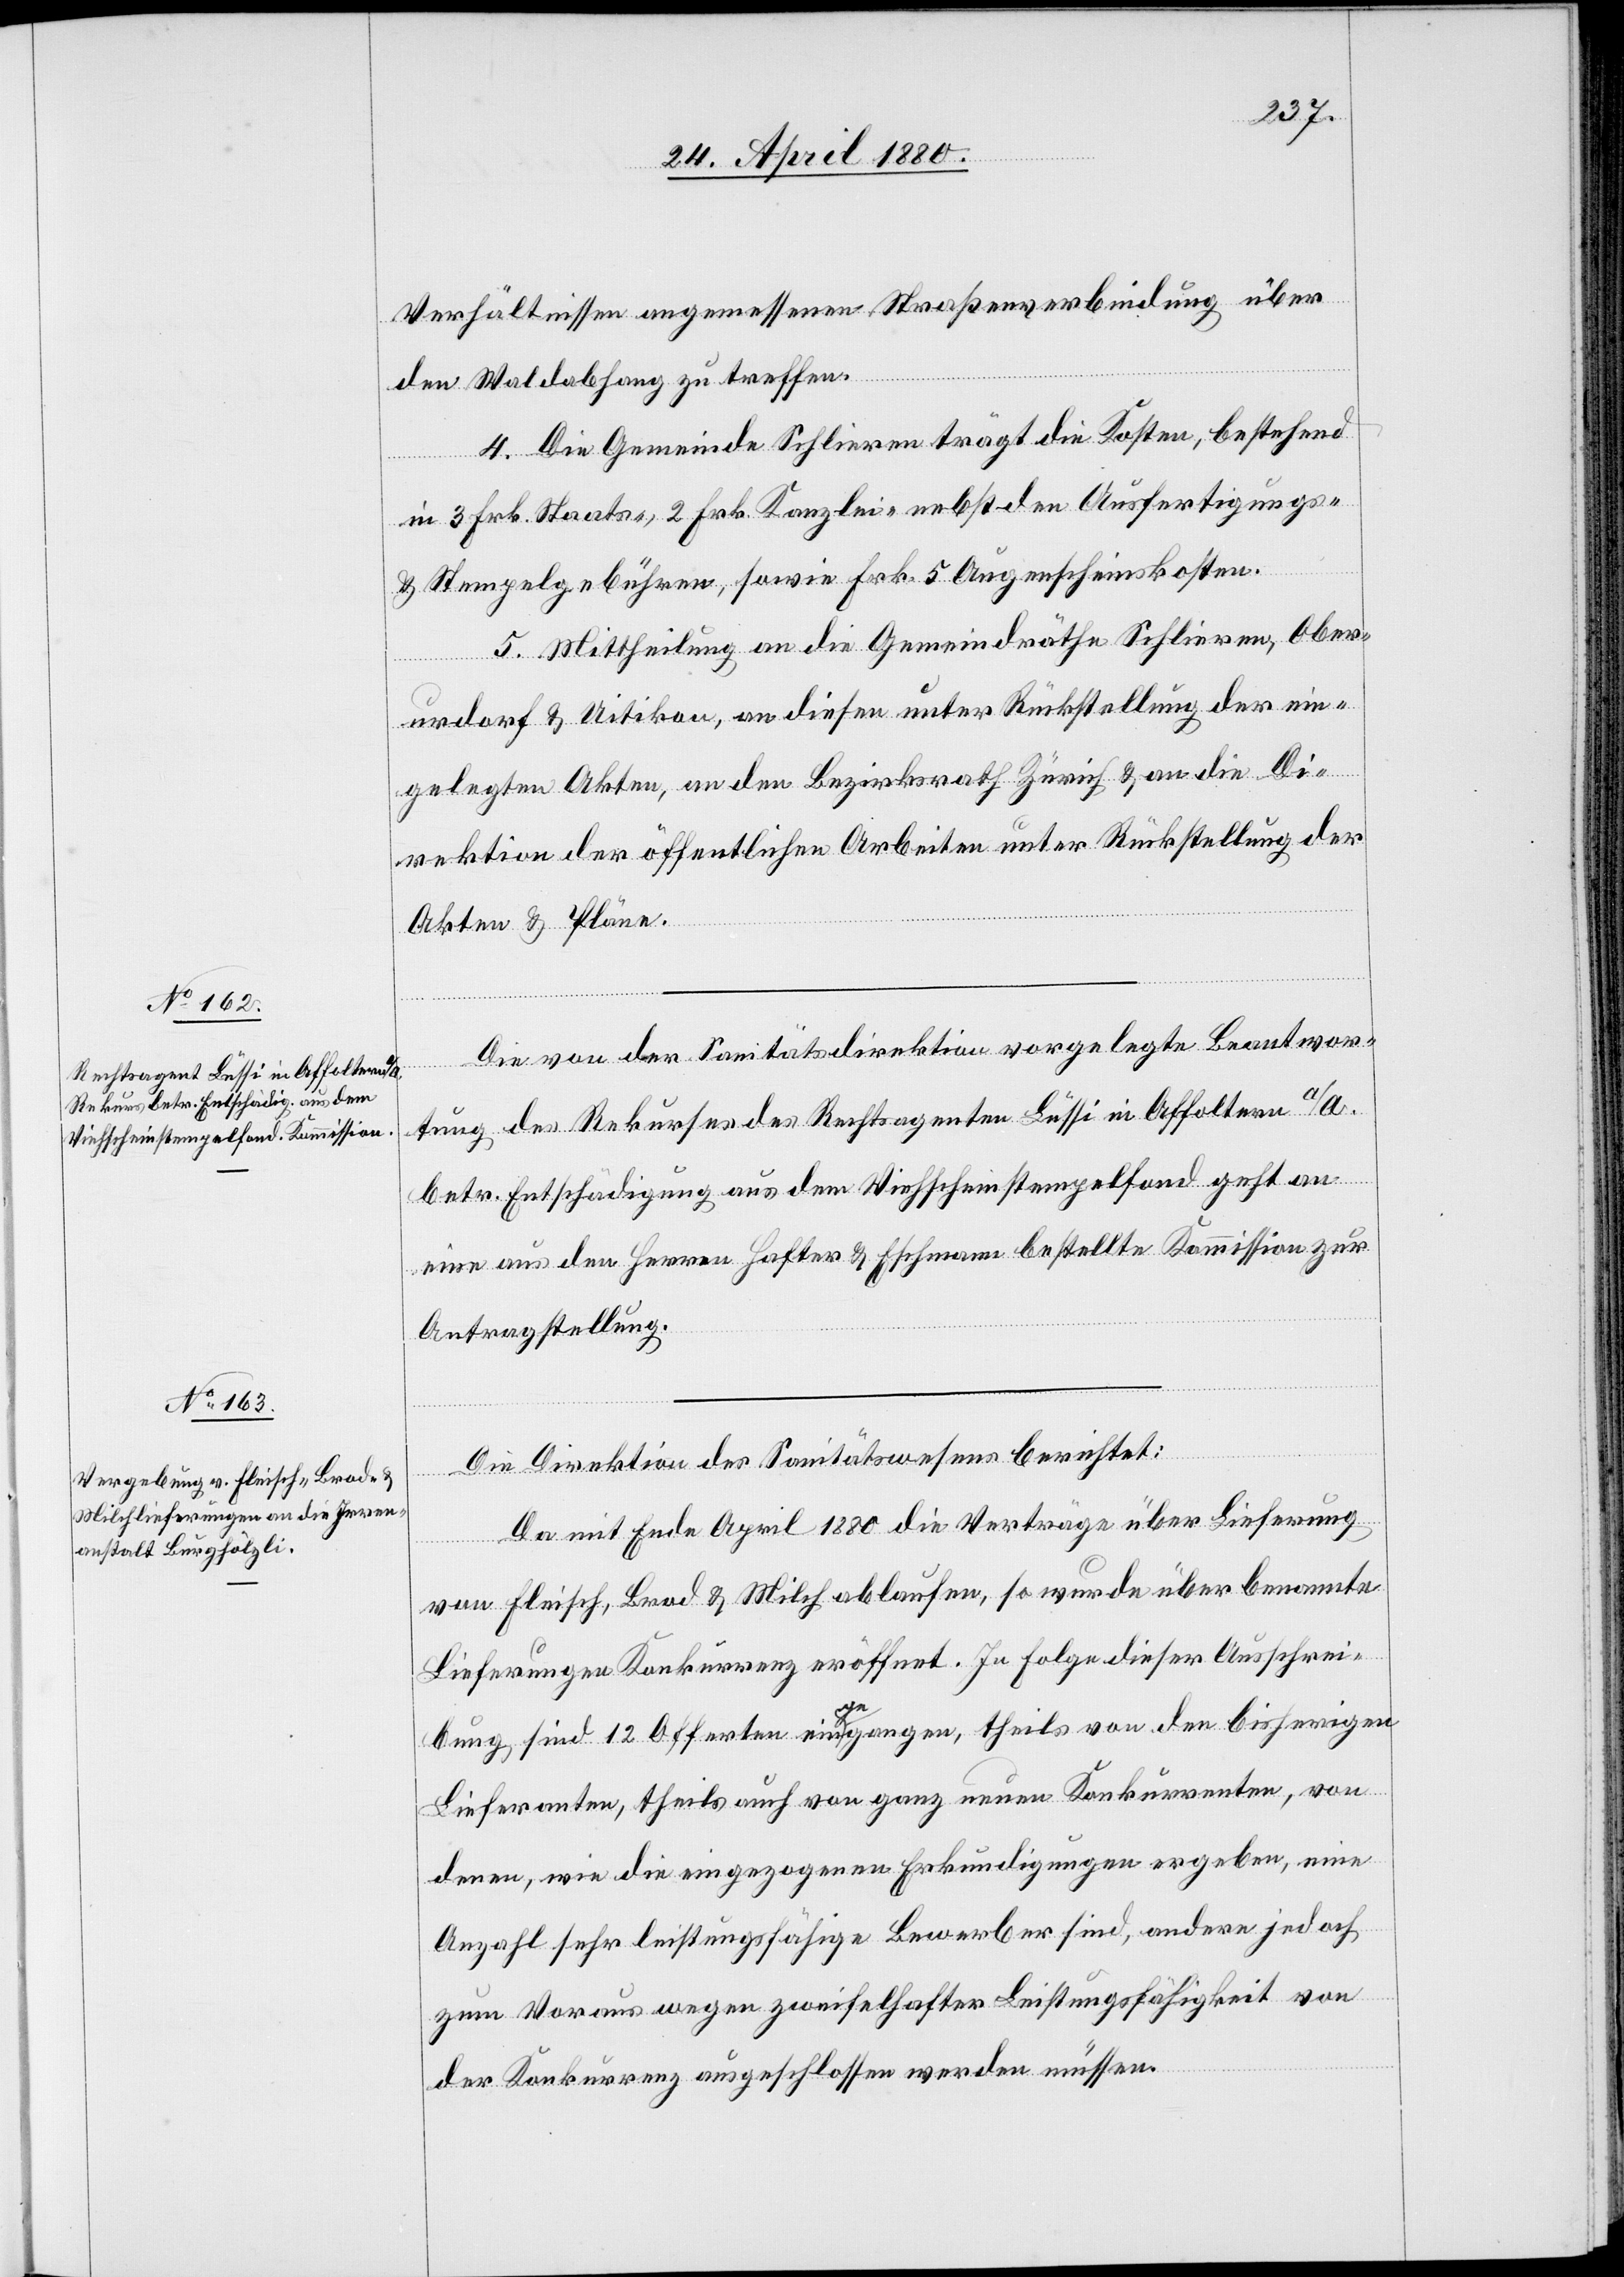
Verhältnissen angemessenen Straßenverbindung über
den Waldabhang zu treffen.
4. Die Gemeinde Schlieren trägt die Kosten, bestehend
in 3 Frk. Staats-, 2 Frk. Kanzlei- nebst den Ausfertigungs-
& Stempelgebühren, sowie Frk. 5 Augenscheinskosten.
5. Mittheilung an die Gemeindräthe Schlieren, Ober¬
urdorf & Uitikon, an diesen unter Rückstellung der ein¬
gelegten Akten, an den Bezirksrath Zürich & an die Di¬
rektion der öffentlichen Arbeiten unter Rückstellung der
Akten & Pläne.
igung
Die von der Sanitätsdirektion vorgelegte Beantwor¬
tung des Rekurses des Rechtsagenten Lüssi betr. Ents¬
an
eine aus den Herren Hafter & Eschmann bestellte Kommission zur
Antragstellung.
Die Direktion des Sanitätswesens berichtet:
Da mit Ende April 1880 die Verträge über Lieferung
von Fleisch, Brod & Milch ablaufen, so wurde über benannte
Lieferungen Konkurrenz eröffnet. In Folge dieser Ausschrei¬
bung sind 12 Offerten eingegangen, theils von den bisherigen
Lieferanten, theils auch von ganz neuen Konkurrenten, von
denen, wie die eingezogenen Erkundigungen ergeben, eine
Anzahl sehr leistungsfähige Bewerber sind, andere jedoch
zum Voraus wegen zweifelhafter Leistungsfähigkeit von
der Konkurrenz ausgeschlossen werden müssen.